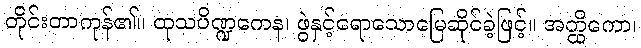
တိုင်းတာကုန်၏။ ထုသပိဏ္ဍကေန၊ ဖွဲနှင့်ရောသောမြေဆိုင်ခဲ့ဖြင့်။ အတ္ထိကော၊